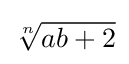
{\sqrt[{n}]{ab+2}}